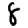
Digit: 8